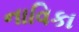
નાવિકા